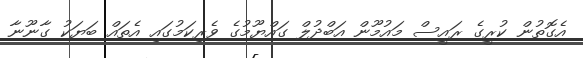
އެގޮތުން ކުރީގެ ރައީސް މައުމޫން އަބްދުލް ގައްޔޫމުގެ ވެރިކަމުގައި އެތައް ބަޔަކު ގާނޫނާ